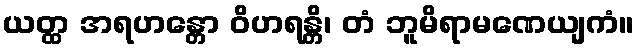
ယတ္ထ အရဟန္တော ဝိဟရန္တိ၊ တံ ဘူမိရာမဏေယျကံ။